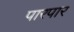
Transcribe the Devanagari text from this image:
पारपार